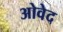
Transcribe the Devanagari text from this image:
ओवेद